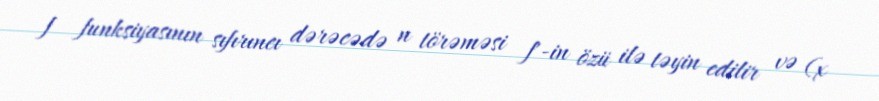
f funksiyasının sıfırıncı dərəcədə n törəməsi f'-in özü ilə təyin edilir və (x